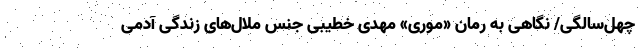
چهل‌سالگی/ نگاهی به رمان «موری» مهدی خطیبی جنس ملال‌های زندگی آدمی